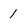
Character: 1